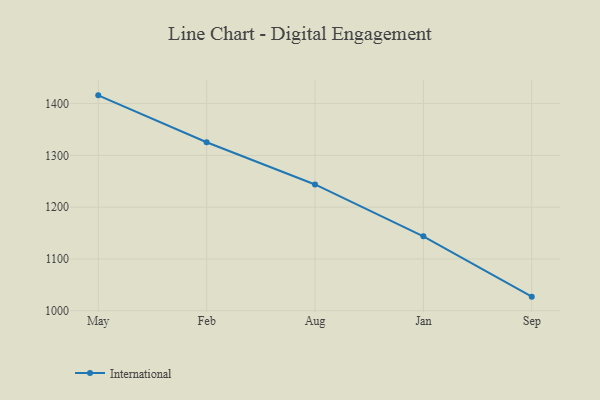
{"axis": {"x": "Month", "y": "Satisfaction Score"}, "legend": ["International"], "data": [{"x": "May", "y": 1415.9, "type": "International"}, {"x": "Feb", "y": 1325.4, "type": "International"}, {"x": "Aug", "y": 1243.8, "type": "International"}, {"x": "Jan", "y": 1143.7, "type": "International"}, {"x": "Sep", "y": 1027.1, "type": "International"}]}